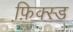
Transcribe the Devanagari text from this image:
फ़ि़क्स्ड